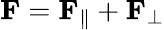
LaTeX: \mathbf{F}=\mathbf{F}_{\parallel}+\mathbf{F}_{\perp}